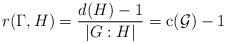
LaTeX: \begin{align*}r(\Gamma,H)=\frac{d(H)-1}{|G:H|}=\mathrm{c}(\mathcal{G})-1\end{align*}